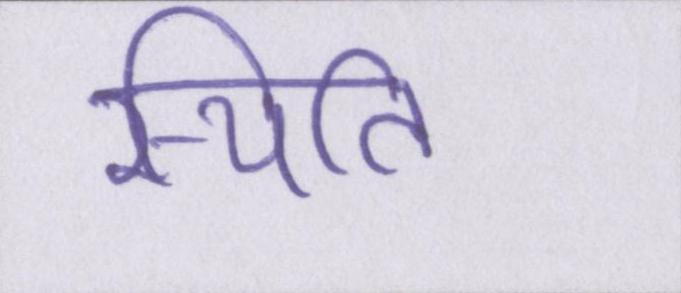
स्थिति